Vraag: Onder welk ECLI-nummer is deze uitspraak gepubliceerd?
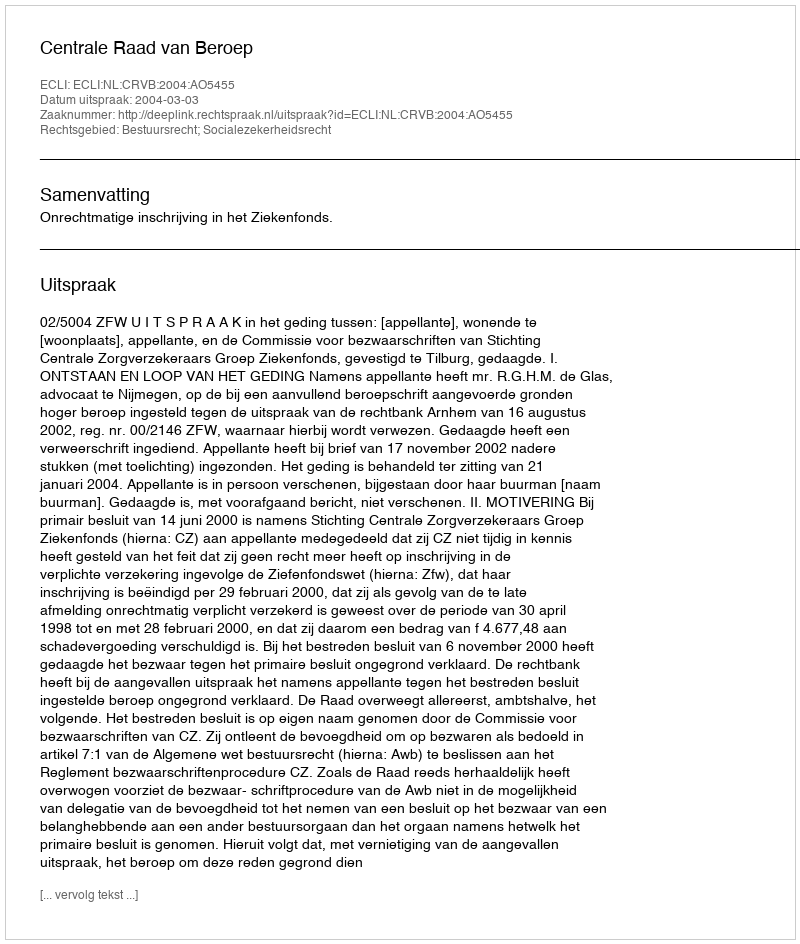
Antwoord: ECLI:NL:CRVB:2004:AO5455